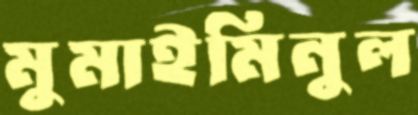
মুমাইমিনুল